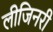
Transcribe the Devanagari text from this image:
लीजिनरी